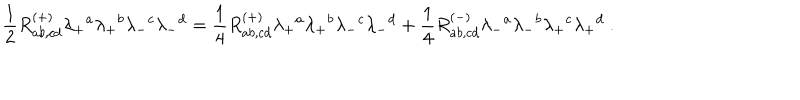
LaTeX: { \frac { 1 } { 2 } } R _ { a b , c d } ^ { ( + ) } \lambda _ { + } { } ^ { a } \lambda _ { + } { } ^ { b } \lambda _ { - } { } ^ { c } \lambda _ { - } { } ^ { d } = { \frac { 1 } { 4 } } R _ { a b , c d } ^ { ( + ) } \lambda _ { + } { } ^ { a } \lambda _ { + } { } ^ { b } \lambda _ { - } { } ^ { c } \lambda _ { - } { } ^ { d } + { \frac { 1 } { 4 } } R _ { a b , c d } ^ { ( - ) } \lambda _ { - } { } ^ { a } \lambda _ { - } { } ^ { b } \lambda _ { + } { } ^ { c } \lambda _ { + } { } ^ { d } \ .